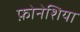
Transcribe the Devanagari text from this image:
फ़ोनेशिया